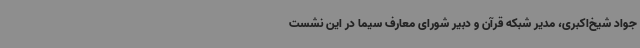
جواد شیخ‌اکبری، مدیر شبکه قرآن و دبیر شورای معارف سیما در این نشست